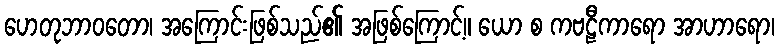
ဟေတုဘာဝတော၊ အကြောင်းဖြစ်သည်၏ အဖြစ်ကြောင့်။ ယော စ ကဗဠီကာရော အာဟာရော၊